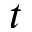
t